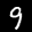
Label: 9